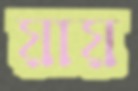
য়ায়